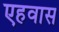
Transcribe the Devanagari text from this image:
एहवास